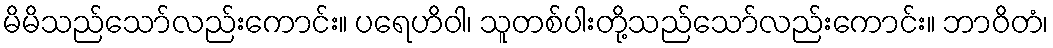
မိမိသည်သော်လည်းကောင်း။ ပရေဟိဝါ၊ သူတစ်ပါးတို့သည်သော်လည်းကောင်း။ ဘာဝိတံ၊